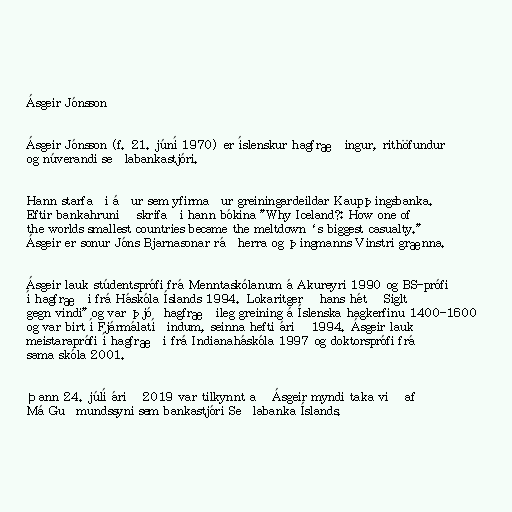
Ásgeir Jónsson

Ásgeir Jónsson (f. 21. júní 1970) er íslenskur hagfræðingur, rithöfundur
og núverandi seðlabankastjóri.

Hann starfaði áður sem yfirmaður greiningardeildar Kaupþingsbanka.
Eftir bankahrunið skrifaði hann bókina "Why Iceland?: How one of
the worlds smallest countries became the meltdown‘s biggest casualty."
Ásgeir er sonur Jóns Bjarnasonar ráðherra og þingmanns Vinstri grænna.

Ásgeir lauk stúdentsprófi frá Menntaskólanum á Akureyri 1990 og BS-prófi
í hagfræði frá Háskóla Íslands 1994. Lokaritgerð hans hét „Siglt
gegn vindi" og var þjóðhagfræðileg greining á Íslenska hagkerfinu 1400-1600
og var birt í Fjármálatíðindum, seinna hefti árið 1994. Ásgeir lauk
meistaraprófi í hagfræði frá Indianaháskóla 1997 og doktorsprófi frá
sama skóla 2001.

Þann 24. júlí árið 2019 var tilkynnt að Ásgeir myndi taka við af
Má Guðmundssyni sem bankastjóri Seðlabanka Íslands.